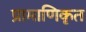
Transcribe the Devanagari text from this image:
प्रामाणिकृत